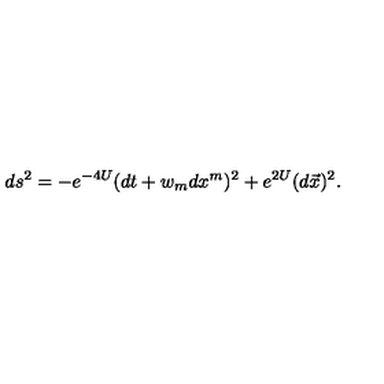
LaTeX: d s ^ { 2 } = - e ^ { - 4 U } ( d t + w _ { m } d x ^ { m } ) ^ { 2 } + e ^ { 2 U } ( d \vec { x } ) ^ { 2 } .